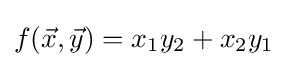
f({\vec {x}},{\vec {y}})=x_{1}y_{2}+x_{2}y_{1}\;